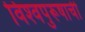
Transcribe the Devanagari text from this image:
विश्‍वपुरूषाची